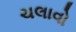
ચલાવો